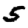
Digit: 5